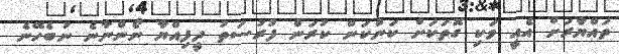
ތައްޔާރަށް އެއީ ވަކި ގޮތަކަށް ކަންކަން ކުރަން ފުރުސަތު ދީފިއްޔާ ނޯންނާނެ ނުބެހޭނެ